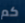
كم